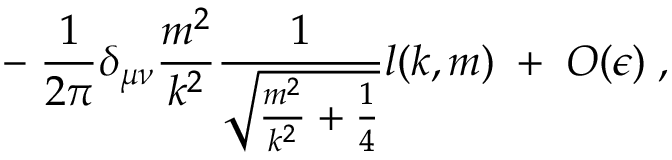
- \; \frac { 1 } { 2 \pi } \delta _ { \mu \nu } \frac { m ^ { 2 } } { k ^ { 2 } } \frac { 1 } { \sqrt { \frac { m ^ { 2 } } { k ^ { 2 } } + \frac { 1 } { 4 } } } l ( k , m ) \; + \; O ( \epsilon ) \; ,